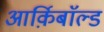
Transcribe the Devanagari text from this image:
आर्क़िबाॅल्ड